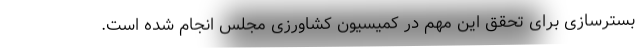
بسترسازی برای تحقق این مهم در کمیسیون کشاورزی مجلس انجام شده است.